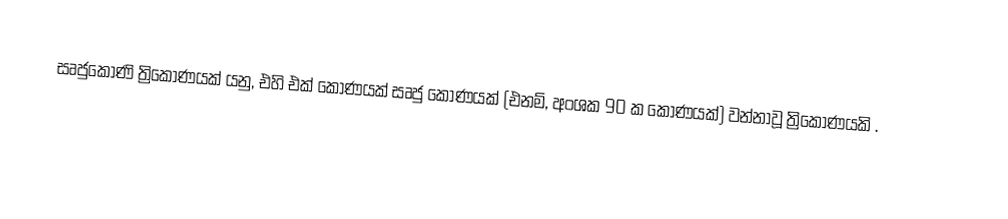
සෘජුකෝණි ත්‍රි‍කෝණයක් යනු, එහි එක්  කෝණයක් සෘජු කෝණයක් (එනම්, අංශක 90 ක කෝණයක්) වන්නාවූ ත්‍රිකෝණයකි .